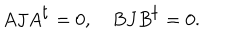
A J A ^ { \mathrm { t } } = 0 , B J B ^ { \mathrm { t } } = 0 .